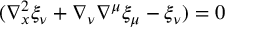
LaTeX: ( \nabla _ { x } ^ { 2 } \xi _ { \nu } + \nabla _ { \nu } \nabla ^ { \mu } \xi _ { \mu } - \xi _ { \nu } ) = 0